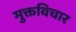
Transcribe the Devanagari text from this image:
मुक्तविचार